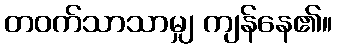
တဝက်သာသာမျှ ကျန်နေ၏။